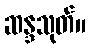
ဆန္ဒသုတ်။